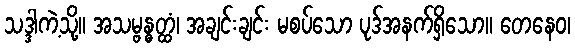
သဒ္ဒါကဲ့သို့။ အသမ္ဗန္ဓတ္ထံ၊ အချင်းချင်း မစပ်သော ပုဒ်အနက်ရှိသော။ တေနေဝ၊